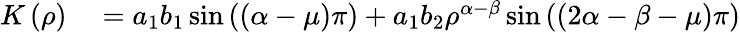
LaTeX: \begin{array}{rl}{K\left(\rho\right)}&{{}=a_{1}b_{1}\sin\left(\left(\alpha-\mu\right)\pi\right)+a_{1}b_{2}\rho^{\alpha-\beta}\sin\left(\left(2\alpha-\beta-\mu\right)\pi\right)}\end{array}